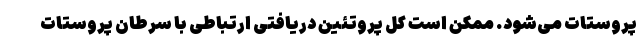
پروستات می‌شود. ممکن است کل پروتئین دریافتی ارتباطی با سرطان پروستات